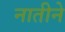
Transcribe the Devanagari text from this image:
नातीने